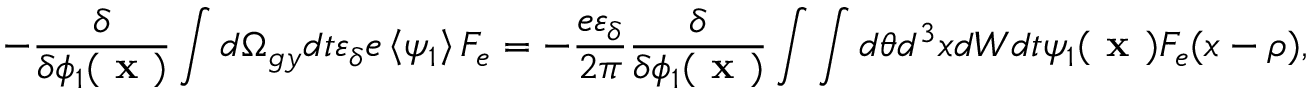
- \frac { \delta } { \delta \phi _ { 1 } ( \textbf { x } ) } \int d \Omega _ { g y } d t \varepsilon _ { \delta } e \left\langle \psi _ { 1 } \right\rangle F _ { e } = - \frac { e \varepsilon _ { \delta } } { 2 \pi } \frac { \delta } { \delta \phi _ { 1 } ( \textbf { x } ) } \int \int d \theta d ^ { 3 } x d W d t \psi _ { 1 } ( \textbf { x } ) F _ { e } ( x - \rho ) ,